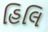
હિલિ